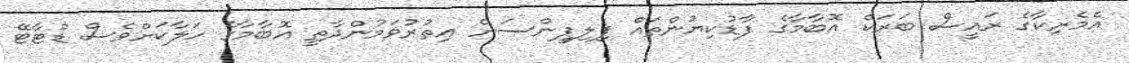
އެމެރިކާގެ ރައީސް ބަރަކް އޮބާމާގެ ފާޑުކިޔުންތައް ފިލިޕީންސަށް އިތުރުވަމުންދާތީ އޮބާމާގެ ހަލާކަށްވެސް ޑުޓާޓޭ